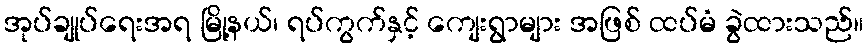
အုပ်ချုပ်ရေးအရ မြို့နယ်၊ ရပ်ကွက်နှင့် ကျေးရွာများ အဖြစ် ထပ်မံ ခွဲထားသည်။